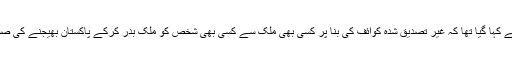
وزارت داخلہ کے بیان میں چوہدری نثار کے حوالے سے کہا گیا تھا کہ غیر تصدیق شدہ کوائف کی بنا پر کسی بھی ملک سے کسی بھی شخص کو ملک بدر کرکے پاکستان بھیجنے کی صورت میں اسے اسی فلائٹ سے واپس بھیج دیا جائے گا۔